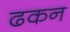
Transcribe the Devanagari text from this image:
ढकन